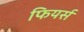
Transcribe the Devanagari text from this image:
फियर्स